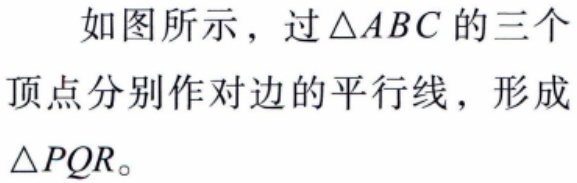
如图所示，过\(\triangle ABC\)的三个顶点分别作对边的平行线，形成\(\triangle PQR\)。